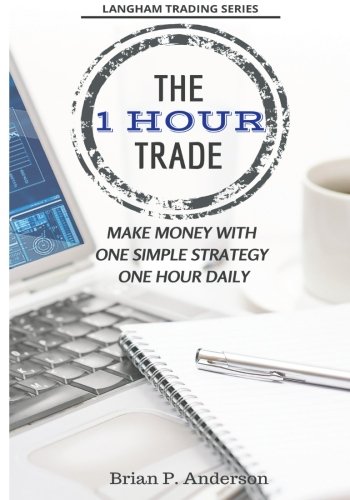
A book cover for The 1 Hour Trade: Make Money With One Simple Strategy, One Hour Daily (Langham Trading); Brian P Anderson; Business & Money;